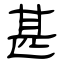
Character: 甚